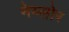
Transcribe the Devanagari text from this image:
नेय्लोर